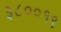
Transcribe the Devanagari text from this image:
३८००१९